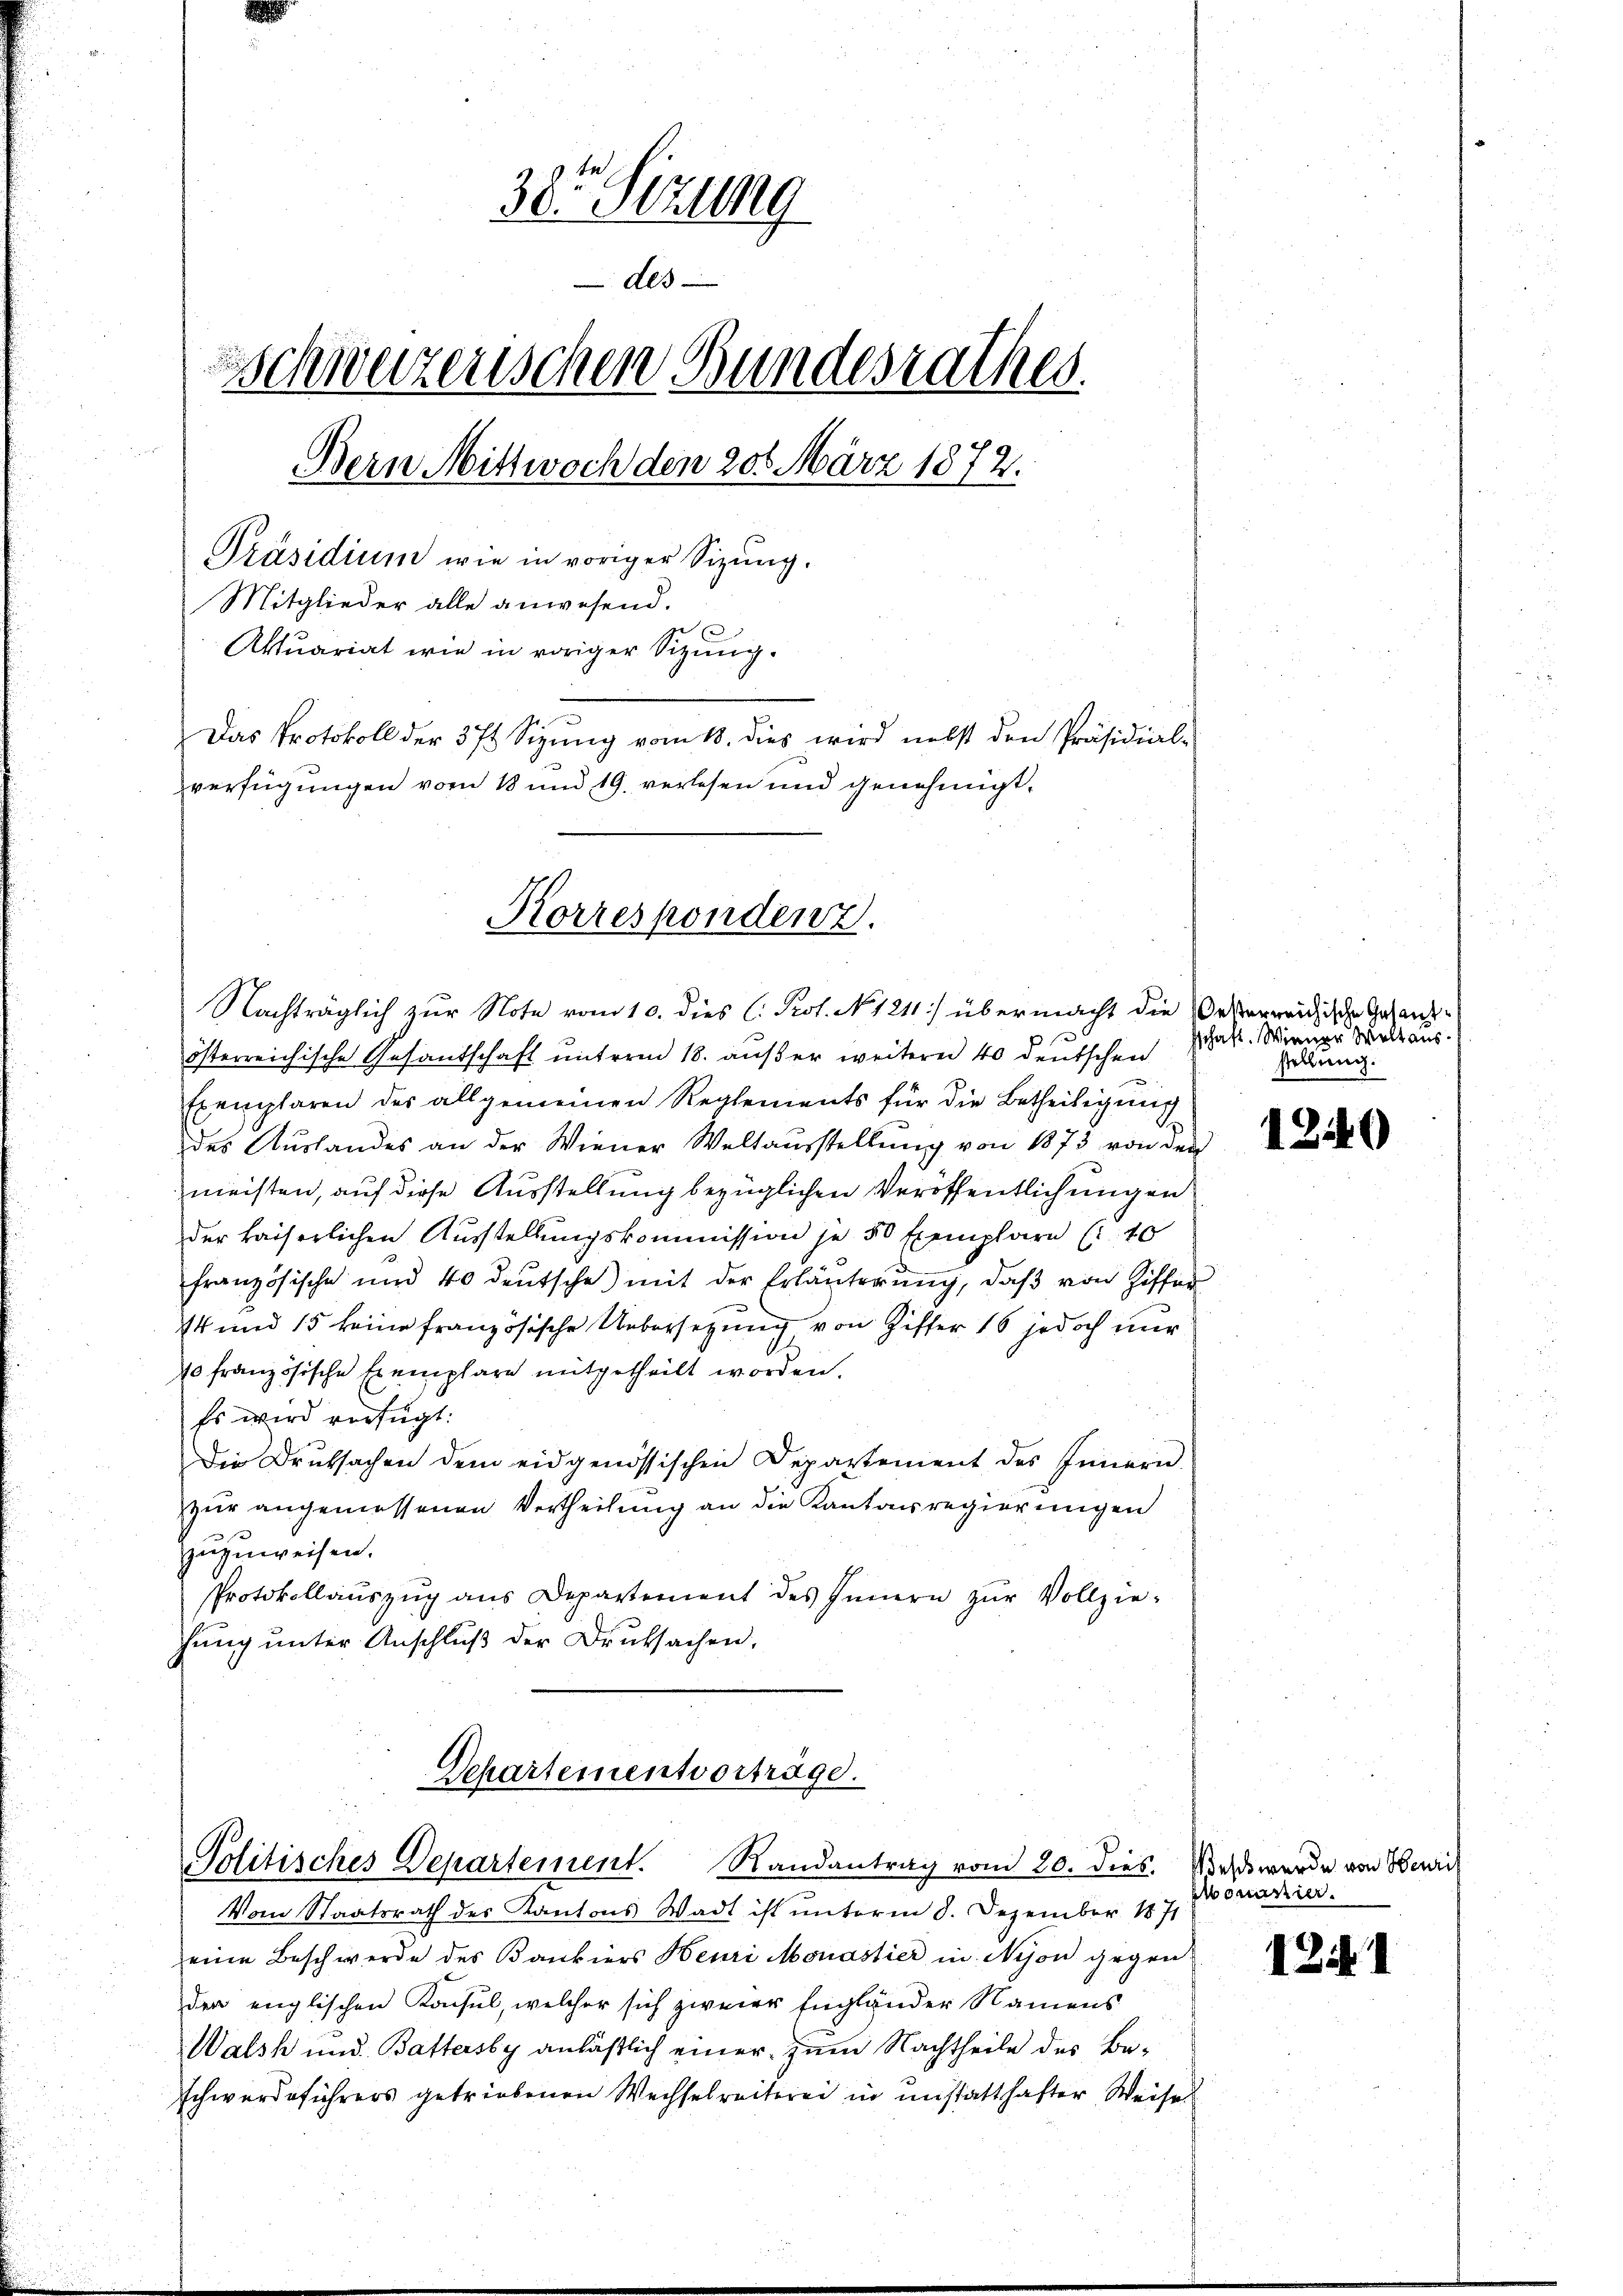
30r Sitzung
des
Schweizerischen Bundesrathes.
Bern Mittwoch den 20t März 1872.
Präsidium wie in voriger Sizung.
Mitglieder alle anwesend.
Aktuariat wie in voriger Sizung.
Das Protokoll der 371 Sizung vom 18. dies wird nebst den Präsidial-
verfügungen vom 18 und 19. verlesen und genehmigt.
Korrespondenz.

Nachträglich zur Note vom 10. dies C. Prot. N. 1211) übermacht die Besterreichische Gesandösterreichische Gesandschaft unterm 18. außer weitere 40 deutschen
e
Exemplaren des allgemeinen Reglements für die Betheiligung
des Auslandes an der Wiener Weltaŭsstellŭng von 1873 von der
meisten, auf diese Ausstellung bezüglichen Veröffentlichungen
der kaiserlichen Ausstellungskommission je 50 Exemplare (40
französische und 40 deŭtsche mit der Erläuterung, daβ von Ziffer
14 und 15 keine französische Uebersetzung von Ziffer 16 jedoch nur
10 französische Exemplare mitgetheilt worden.
Es wird verfügt:
Die Druksachen dem eidgenössischen Departement des Innern.
zur angemessenen Vertheilung an die Kantonsregierungen
zuzuweisen.
Protokollaŭszŭg aŭs Departement des Innern zŭr Vollziehung unter Anschluß der Druksachen,

Schartementvorträge.
Politisches Departement. Randantrag vom 20. dies.

Vom Staatsrath des Kantons Wadt ist unterm 8. Dezember 1871
eine Beschwerde des Bankiers Henri Monastier in Nyon gegen
den englischen Konsul, welcher sich zweier Engländer Namens
Walsh und Battersby anläßlich einer zum Nachtheile des Beschwerdeführers getriebenen Wechselreiterei in unstatthafter Weise

schaft. Wiener Weltausstellung.

12

12.

0

ess werde von Heris
Elonistier.

1